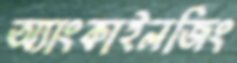
অ্যাংকাইলজিং